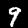
Label: 9